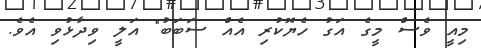
މިއީ ވެސް މީގެ އަގު ހެޔޮކުރި އެއް ސަބަބު" އަލީ ވިދާޅުވި އެވެ.